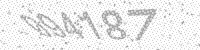
Solution: 094187